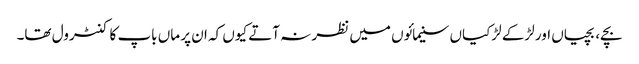
بچے، بچیاں اور لڑکے لڑکیاں سنیمائوں میں نظر نہ آتے کیوں کہ ان پر ماں باپ کا کنٹرول تھا۔